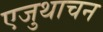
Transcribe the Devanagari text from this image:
एजुथाचन